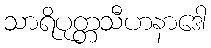
သာရိပုတ္တသီဟနာဒေါ